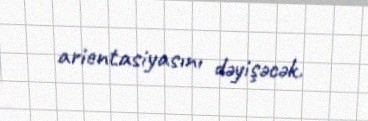
arientasiyasını dəyişəcək.